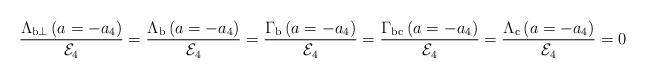
LaTeX: \begin{align*}\frac{\Lambda_{{\rm b}\perp}\left(a=-a_4\right)}{{\cal E}_4}=\frac{\Lambda_{\rm b}\left(a=-a_4\right)}{{\cal E}_4}=\frac{\Gamma_{\rm b}\left(a=-a_4\right)}{{\cal E}_4}=\frac{\Gamma_{\rm{bc}}\left(a=-a_4\right)}{{\cal E}_4}=\frac{\Lambda_{\rm c}\left(a=-a_4\right)}{{\cal E}_4}=0\end{align*}